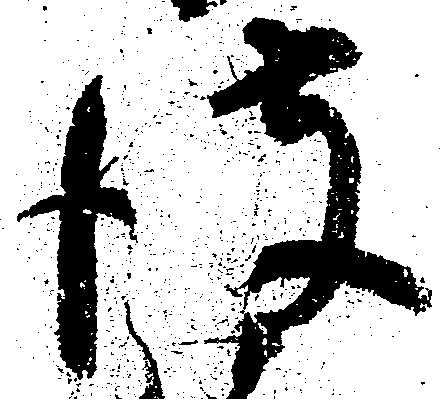
彼